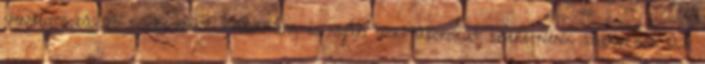
vendégszobákat szeretnénk kialakítani, és nyári sporttáborokat szeretnénk szervezni. Az